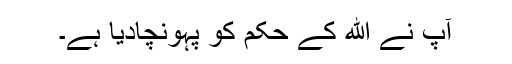
آپ نے الله کے حکم کو پہونچادیا ہے۔